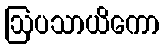
ဩပသာယိကော